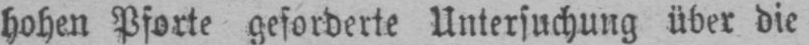
Untersuchung über die